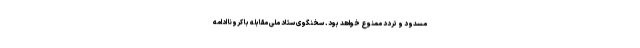
مسدود و تردد ممنوع خواهد بود. سخنگوی ستاد ملی مقابله با کرونا ادامه